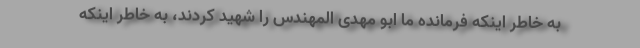
به خاطر اینکه فرمانده ما ابو مهدی المهندس را شهید کردند، به خاطر اینکه